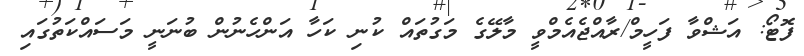
ފޮޓޯ: އަޝްވާ ފަހީމް/ރާއްޖެއެމްވީ މާލޭގެ މަގުތައް ކުނި ކަހާ އަންހެނުން ބުނަނީ މަސައްކަތުގައި